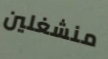
منشغلين